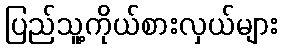
ပြည်သူ့ကိုယ်စားလှယ်များ